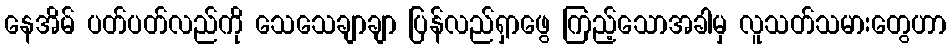
နေအိမ် ပတ်ပတ်လည်ကို သေသေချာချာ ပြန်လည်ရှာဖွေ ကြည့်သောအခါမှ လူသတ်သမားတွေဟာ